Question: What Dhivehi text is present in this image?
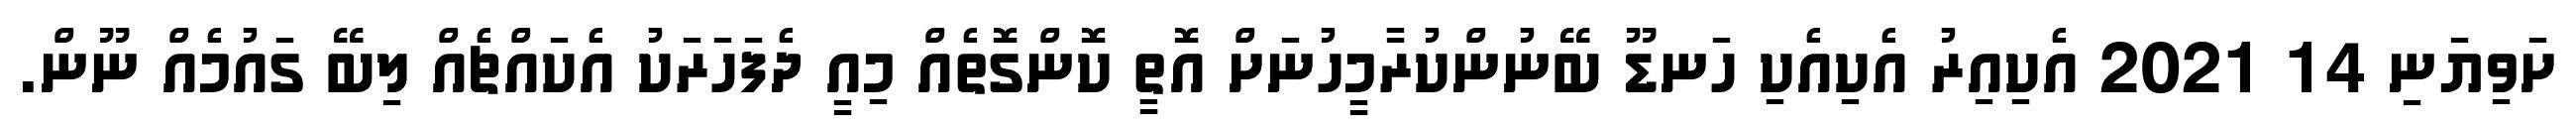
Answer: ށަވިޔަނި 14 2021 އެކިއިރު އެކިއެކި ހަނޑޫ ބޭނުންކުރާމީހުނަށް އޮތީ ކޮންގޮތެއް މިއީ ދެފަހަރަކު އެކައްޗެއް ލިބޭ ގައުމެއް ނޫން.